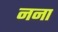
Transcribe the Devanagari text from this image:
नना